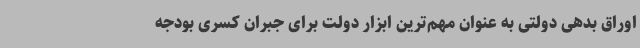
اوراق بدهی دولتی به عنوان مهم‌ترین ابزار دولت برای جبران کسری بودجه